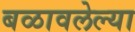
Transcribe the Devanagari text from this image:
बळावलेल्या